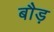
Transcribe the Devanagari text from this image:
बौड़